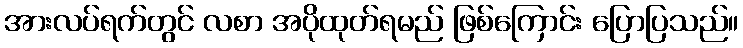
အားလပ်ရက်တွင် လစာ အပိုထုတ်ရမည် ဖြစ်ကြောင်း ပြောပြသည်။